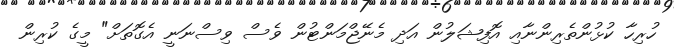
ހުރިހާ ކުޅުންތެރިންނާއި އޮފިޝަލުން އަދި މެނޭޖްމަންޓުން ވެސް ވިސްނަނީ އެގޮތަށް" މީގެ ކުރިން